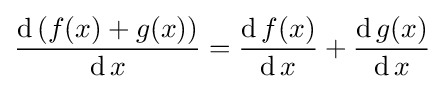
{\frac {\operatorname {d} \left(f(x)+g(x)\right)}{\operatorname {d} x}}={\frac {\operatorname {d} f(x)}{\operatorname {d} x}}+{\frac {\operatorname {d} g(x)}{\operatorname {d} x}}